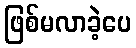
ဖြစ်မလာခဲ့ပေ